Vital statistics of India. Vol. VI, European troops 1870-79
Year: 1870
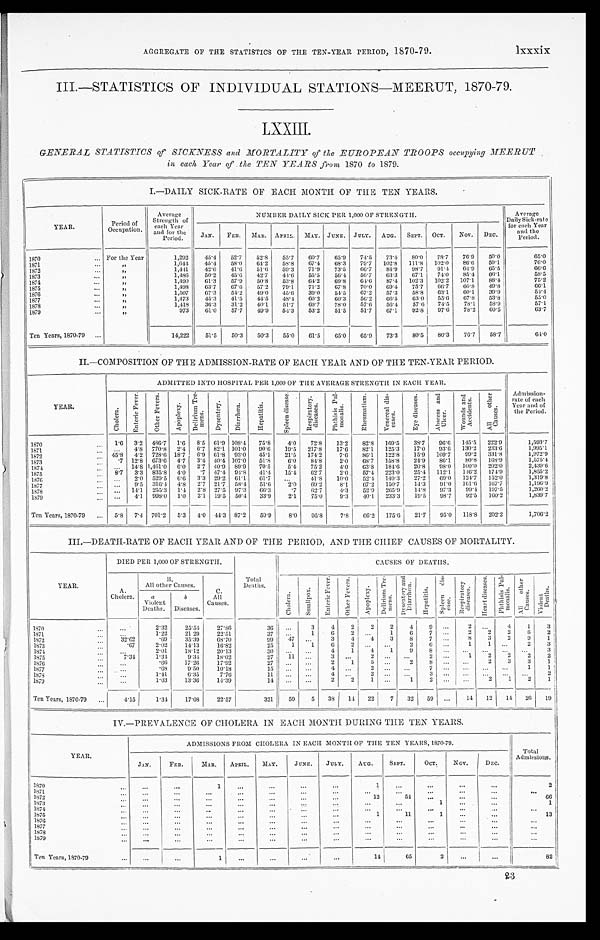
AGGREGATE OF THE STATISTICS OF THE TEN-YEAR PERIOD, 1870-79.
lxxxix
III.—STATISTICS OF INDIVIDUAL STATIONS—MEERUT, 1870-79.
LXXIII.
GENERAL STATISTICS of SICKNESS and MORTALITY of the EUROPEAN TROOPS occupying MEERUT
in each Year of the TEN YEARS from 1870 to 1879.
I.—DAILY SICK-RATE OF EACH MONTH OF THE TEN YEARS.
YEAR.
P e r i o d o f
O c c u p a t i o n .
Average
Strength of
each Year
and for th
e Period.
NUMBER DAILY SICK PER 1,000 OF STRENGTH.
Average
Daily Sick-rate
for each Year
a n d t h e P e r i o d .
JAN. FEB. MAR. APRIL. MAY. JUNE. JULY. AUG. SEPT. OCT. NOV. DEC.
1870
For the Year
1,292 45.4 52.7 52.8 55.7 60.7 65.9 74.5 73.4 80.0 78.7 76.9 50.0
65.0
1871
„
1,644 45.4 58.0 64.2 58.8 67.4 68.3 79.7 102.8 111.8 102.0 86.6 59.1
7 6 . 0
1872
„
1,441
4 2 . 6 41.6 51.6 59.3 71.9 73.5 66.7 84.9 98.7 91.4 64.9 65.5
66.6
1873
„
1,486 50.2 45.6 42.7 44.6 55.5 56.4 56.7 63.3 67.1 74.0 85.4 65.1
58.5
1874
„
1,490 61.3 57.9 50.8 53.8 64.2 69.8 64.6 87.4 102.3 102.2 107.1 88.4
75.2
1875
„
1,498 63.7 67.6 57.2 79.1 71.2 67.8 70.0 69.4 75.7 66.7 60.8 49.8
66.1
1876
„
1,507 67.3 54.2 49.0 45.6 39.0 54.5 67.2 57.3 58.8 63.1 60.1 39.9
5 4 . 4
1877 1 8 7 8
,,
„
1,473
1,418 45.3 36.3 41.5 31.2 44.5 40.1 48.4 51.7 60.2 69.7 60.3
78.0
56.2
57.6 66.5 56.4
63.0
57.6
55.6
74.5
67.8 78.1
53.8 58.9
55.0 57.1
1879
„
973 61.0 57.7 49.9 54.3 53.2 51.5 51.7 67.1 92.8 97.6 78.2 60.5
63.7
Ten Years, 1870-79
14,222 51.5 50.3 50.3 55.0 61.5 65.0 65.9 73.3 80.5 80.3 76.7 58.7
6 4 . 0
II.—COMPOSITION OF THE ADMISSION-RATE OF EACH YEAR AND OF THE TEN-YEAR PERIOD.
Y E A R .
ADMITTED INTO HOSPITAL PER 1,000 OF THE AVERAGE STRENGTH IN EACH YEAR.
Admission-
rate of each
Year and of
the Period.
C h o l e r a .
E n t e r i c F e v e r .
O t h e r F e v e r s .
Ap o p l e x y .
D e l i r i u m T r e - m e n s .
D y s e n t e r y .
Di a r r h œa .
H e p a t i t i s .
S p l e e n d i s e a s e s . R e s p i r a t o r y d i s e a s e s .
P h t h i s i s P u l - m o n a l i s .
R h e u m a t i s m . V e n e r a l d i s - e a s e s .
E y e d i s e a s e s . A b s c e s s a n d U l c e r .
W o u n d s a n d A c c i d e n t s .
A l l o t h e r C a u s e s .
1870
1.6 3.2 486.7 1.6 8.5 61.9 105. 4
75.8 4. 0
72.8 13.2 82. 8 169.5 38. 7
96.6 145.5 222. 9
1,593.7
1871
4. 8 770.8 2.4 6.7 82.1 101.0 90.6 19.5 217.8 17. 6
82.1
1 2 5 . 3
17.0 93.6 130.2 233. 6
1,995.1
1872
45.8 4. 2 728.6 18.7 6. 9 61.8 93. 0
45.1 21.5 174. 2
7.6 86.1 122.8 15.9 109.7 99.2 331.8
1, 972. 9
1873
. 7
12.8 673.6 4. 7 3 . 4 40. 4 107. 0
51.8
6. 0
84.8
2. 0
68.7 158.8 24.9 86.1 80.8 168.9
1,575.4
1874
14. 8 1,461.0 6.0 2.7 40. 9 89.9 70. 5
5.4 75. 2
4. 0
63.8 184. 6
20.8 98.0 100. 0 202. 0
2,439.6
1875
8.7 3.3 835.8 4. 0
.7 47. 4 94. 8
41.4 15. 4
62.7
2. 0
57. 4 223.0 25.4 112.1 1 4 6 . 2
174. 9
1,855.2
1876
2.0 529.5 6.6 3.3 29.2 61.1 61.7
41.8 10. 0
52.4 149.3 27.2 69.0 124. 7
152.0
1, 319. 8
1877
9.5 316.4 4. 8 2.7 21.7 58. 4
51.6
2 . 0
69.2
8.1 6 7 . 2
150.7
1 4 . 3
91.0 161.6 167.7
1,196.9
1878
14.1 255. 3 1.4 2.8 27.5 97.3 60. 3
.7 62.7
4. 3
52.9 2 6 5 . 9
14. 8
97.3 99.4 197.5
1, 260. 2
1879
4. 1 998. 0 1.0 2.1 19.5 50. 4
33. 9
2.1 75.0
9.3 40.1 233.3 19.5 98.7 92.5 160.2 1,839.7
Ten Years, 1870-79
5.8 7. 4 701.2 5. 3 4. 0 4 4 . 3 87.2 59. 9
8. 0
95. 8
7.8 66.2 175.0 21.7 95.0 118. 8 202. 2
1,706.2
III.—DEATH-RATE OF EACH YEAR AND OF THE PERIOD, AND THE CHIEF CAUSES OF MORTALITY.
YEAR.
DIED PER 1,000 OF STRENGTH.
T o
t al Deat hs
CAUSES OF DEATHS.
A.
Cholera.
B .
All other Causes.
C.
All
Causes.
C h o l e r a .
S m a l l p o x .
E n t e r i c F e v e r .
O t h e r F e v e r s .
A p o p l e x y .
D e l i r i u m T r e - m e n s . D y s e n t e r y a n d D i a r r h œ a .
H e p a t i t i s .
S p l e e n d i s - e a s e s .
R e s p i r a t o r y d i s e a s e s .
H e a r t d i s e a s e s .
P h t h i s i s P u l - m o n a l i s .
A l l o t h e r C a u s e s .
V i o l e n t D e a t h s .
a
Violent
Deaths.
b
Diseases.
1870
2.32
25.54 27.86
36
3 4
2 2 2 4 9
2
4 1 3
1871
1.22 21.29 22.51
37
1 6
2
1
6
7
2
2 2
6
2
1872
32.62
.69
35.39 68.70
99 47
3 4 4 3 8
7
8 3 2 9 1
1873
.67
2.02
14.13
16.82
25 _1 1 6 2
2
6
1
1
2 3
1874
2.01
18.12
20.13
30
4 1
4 1 9
8
3
1875
7.34
1.31
9.34 18.02
27 11
3
2
2
1 2
2 2 2
1876
. 6 6 17.26
17.92
2 7
2 1 5
2 8
2 3 3 1
1877
.68
9.50
10.18
15
4
2
7
1 1
1878
1.41
6.35
7.76
1 1
4
2
3
2
1 8 7 9
1.03
13.36
14.39
14
2 2
1
1 2
2 1
2 1
Ten Years, 1870-79
4.15
1.34
17.08 22.57
321 59 5 38 14 22 7 32 59 14
1 2 14
2 6 19
IV.—PREVALENCE OF CHOLERA IN EACH MONTH DURING THE TEN YEARS.
YEAR.
ADMISSIONS FROM CHOLERA IN EACH MONTH OF THE TEN YEARS, 1870-79.
T o t a l A d m i s s i o n s .
JAN.
FEB.
MAR. APRIL. MAY.
JUNE. JULY. AUG. SEPT.
OCT. NOV.
DEC.
1870
1
1
2
1871 1 8 7 2
12
54
66
1 8 7 3
1
1
1 8 7 4
1875
1
11
1
13
1 8 7 6
1877 1878 1879
Ten Years, 1870-79
1
14
65
2
82
2 3